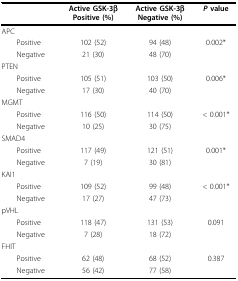
<table><thead><tr><td></td><td><b>Active GSK-3βPositive (%)</b></td><td><b>Active GSK-3βNegative (%)</b></td><td><b><i>P </i>value</b></td></tr></thead><tbody><tr><td>APC</td><td></td><td></td><td></td></tr><tr><td> Positive</td><td>102 (52)</td><td>94 (48)</td><td>0.002*</td></tr><tr><td> Negative</td><td>21 (30)</td><td>48 (70)</td><td></td></tr><tr><td>PTEN</td><td></td><td></td><td></td></tr><tr><td> Positive</td><td>105 (51)</td><td>103 (50)</td><td>0.006*</td></tr><tr><td> Negative</td><td>17 (30)</td><td>40 (70)</td><td></td></tr><tr><td>MGMT</td><td></td><td></td><td></td></tr><tr><td> Positive</td><td>116 (50)</td><td>114 (50)</td><td>&lt; 0.001*</td></tr><tr><td> Negative</td><td>10 (25)</td><td>30 (75)</td><td></td></tr><tr><td>SMAD4</td><td></td><td></td><td></td></tr><tr><td> Positive</td><td>117 (49)</td><td>121 (51)</td><td>0.001*</td></tr><tr><td> Negative</td><td>7 (19)</td><td>30 (81)</td><td></td></tr><tr><td>KAI1</td><td></td><td></td><td></td></tr><tr><td> Positive</td><td>109 (52)</td><td>99 (48)</td><td>&lt; 0.001*</td></tr><tr><td> Negative</td><td>17 (27)</td><td>47 (73)</td><td></td></tr><tr><td>pVHL</td><td></td><td></td><td></td></tr><tr><td> Positive</td><td>118 (47)</td><td>131 (53)</td><td>0.091</td></tr><tr><td> Negative</td><td>7 (28)</td><td>18 (72)</td><td></td></tr><tr><td>FHIT</td><td></td><td></td><td></td></tr><tr><td> Positive</td><td>62 (48)</td><td>68 (52)</td><td>0.387</td></tr><tr><td> Negative</td><td>56 (42)</td><td>77 (58)</td><td></td></tr></tbody></table>